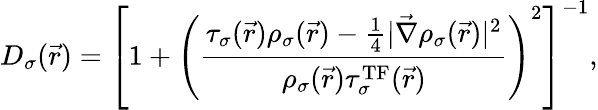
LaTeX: D_{\sigma}(\vec{r})=\left[1+\left(\frac{\tau_{\sigma}(\vec{r})\rho_{\sigma}(\vec{r})-\frac{1}{4}|\vec{\nabla}\rho_{\sigma}(\vec{r})|^{2}}{\rho_{\sigma}(\vec{r})\tau_{\sigma}^{\mathrm{TF}}(\vec{r})}\right)^{2}\right]^{-1},